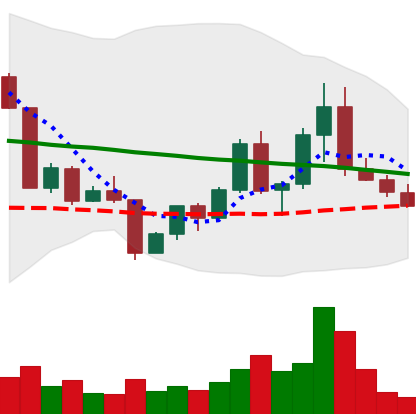
Ticker: EOS-USD
Chart end date: 2022-04-24
Forward return: -3.489%
Label: down_3_5